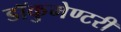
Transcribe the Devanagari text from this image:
डॉकुमेण्टरी